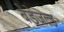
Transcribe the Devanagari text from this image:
बेडेजल्ड